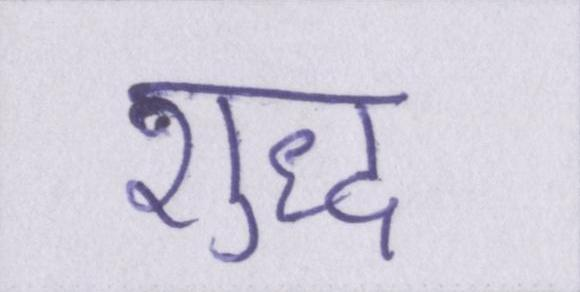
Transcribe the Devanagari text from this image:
शुध्द